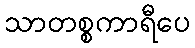
သာတစ္စကာရီပေ